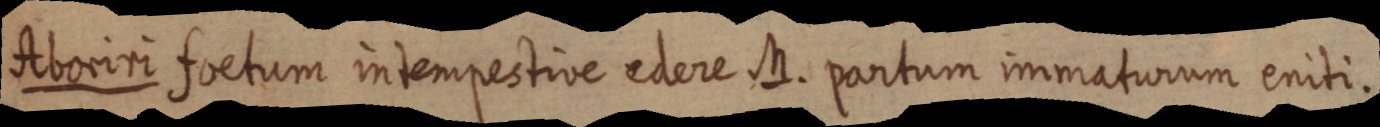
diborim foetum intempestive edere DD. qortum immatiorum eniti.